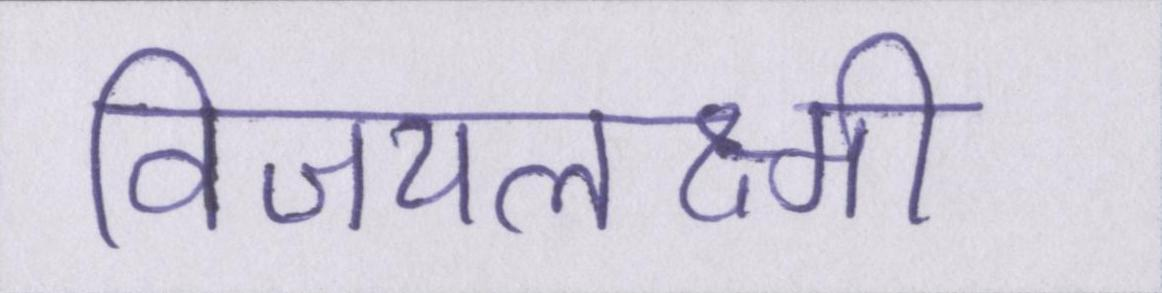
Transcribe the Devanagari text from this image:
विजयलक्ष्मी